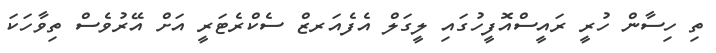
ތި ހިސާން ހުރީ ރައީސްއޮފީހުގައި ލީގަލް އެފެއަރޒް ސެކްރެޓަރީ އަށް އޭރުވެސް ތިވާހަކަ